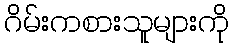
ဂိမ်းကစားသူများကို